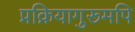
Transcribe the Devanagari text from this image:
प्रक्रियागुरूमपि